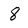
Character: 8